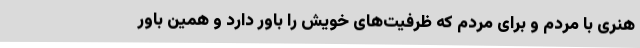
هنری با مردم و برای مردم که ظرفیت‌های خویش را باور دارد و همین باور